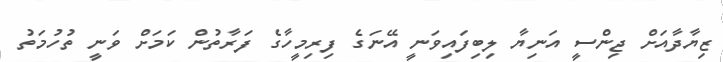
ޒިޔާދާއަށް ޖިންސީ އަނިޔާ ލިބިފައިވަނީ އޭނަގެ ފިރިމީހާގެ ފަރާތުން ކަމަށް ވަނީ ތުހުމަތު